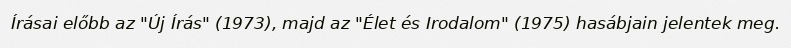
Írásai előbb az "Új Írás" (1973), majd az "Élet és Irodalom" (1975) hasábjain jelentek meg.